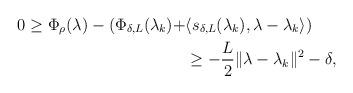
LaTeX: \begin{align*}0 \geq \Phi_\rho(\lambda) - (\Phi_{\delta, L}(\lambda_k) + & \langle s_{\delta, L}(\lambda_k), \lambda - \lambda_k \rangle) \\& \geq -\frac{L}{2}\|\lambda - \lambda_k\|^2 - \delta,\end{align*}